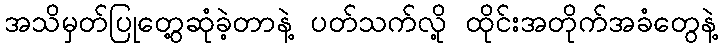
အသိမှတ်ပြုတွေ့ဆုံခဲ့တာနဲ့ ပတ်သက်လို့ ထိုင်းအတိုက်အခံတွေနဲ့